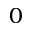
0